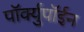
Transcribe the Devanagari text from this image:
पॉर्क्युपॉईन